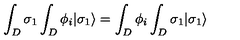
\int _ { D } \sigma _ { 1 } \int _ { D } \phi _ { i } | \sigma _ { 1 } \rangle = \int _ { D } \phi _ { i } \int _ { D } \sigma _ { 1 } | \sigma _ { 1 } \rangle \,